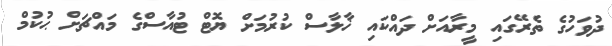
ދުވަހުގެ ތެރޭގައި މީރާއަށް ދައްކައި ޚާލާސް ކުރުމަށް ޔޮޓް ޓުއާސްގެ މައްޗަށް ޙުކުމް